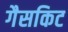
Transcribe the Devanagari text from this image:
गैसकिट